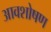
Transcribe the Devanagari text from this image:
आवशोषण